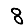
Digit: 8